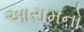
આરામનો